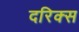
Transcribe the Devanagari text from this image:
दरिक्स